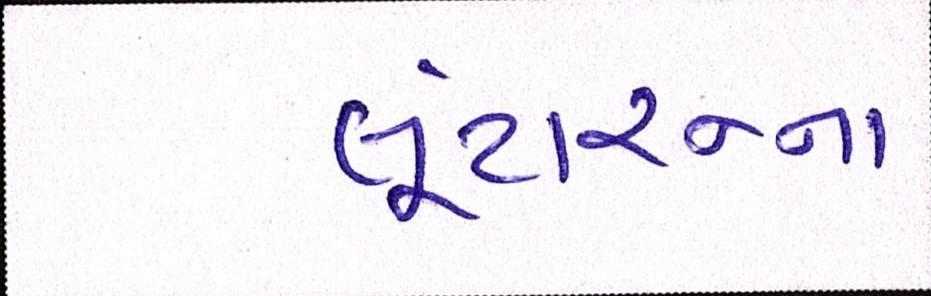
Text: લૂંટારુના